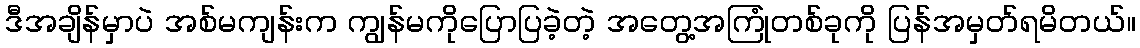
ဒီအချိန်မှာပဲ အစ်မကျန်းက ကျွန်မကိုပြောပြခဲ့တဲ့ အတွေ့အကြုံတစ်ခုကို ပြန်အမှတ်ရမိတယ်။